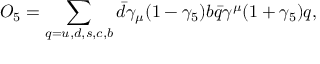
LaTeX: O _ { 5 } = \sum _ { q = u , d , s , c , b } \bar { d } \gamma _ { \mu } ( 1 - \gamma _ { 5 } ) b \bar { q } \gamma ^ { \mu } ( 1 + \gamma _ { 5 } ) q ,